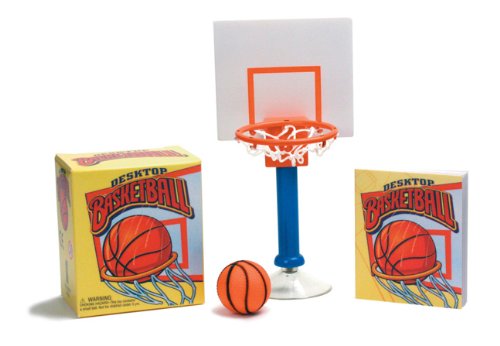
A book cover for Desktop Basketball: It's a Slam Dunk! (Mega Mini Kits); Shoshana Cohen Stopek; Humor & Entertainment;